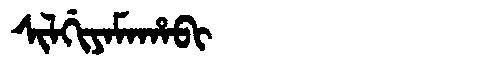
Manchu: ᠰᡳᠯᡤᡳᠶᠠᠮᠠᡥᠠᠪᡳ
Romanization: SILGIYAMAHABI